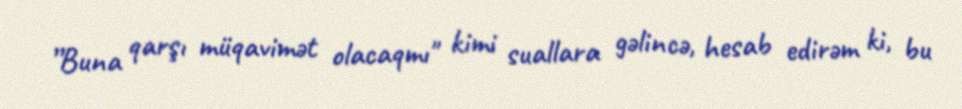
”Buna qarşı müqavimət olacaqmı" kimi suallara gəlincə, hesab edirəm ki, bu